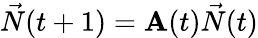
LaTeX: \vec{N}(t+1)=\mathbf{A}(t)\vec{N}(t)